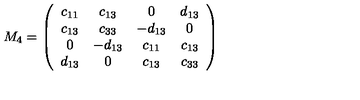
M _ { 4 } = \left( \begin{array} { c c c c } { c _ { 1 1 } } & { c _ { 1 3 } } & { 0 } & { d _ { 1 3 } } \\ { c _ { 1 3 } } & { c _ { 3 3 } } & { - d _ { 1 3 } } & { 0 } \\ { 0 } & { - d _ { 1 3 } } & { c _ { 1 1 } } & { c _ { 1 3 } } \\ { d _ { 1 3 } } & { 0 } & { c _ { 1 3 } } & { c _ { 3 3 } } \\ \end{array} \right)